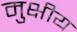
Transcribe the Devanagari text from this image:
मुक्षीय